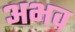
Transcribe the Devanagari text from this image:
अभव